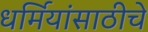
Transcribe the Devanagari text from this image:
धर्मियांसाठीचे